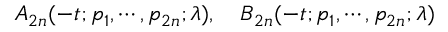
A _ { 2 n } ( - t ; p _ { 1 } , \cdots , p _ { 2 n } ; \lambda ) , \quad B _ { 2 n } ( - t ; p _ { 1 } , \cdots , p _ { 2 n } ; \lambda )